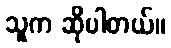
သူက ဆိုပါတယ်။